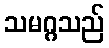
သမဂ္ဂသည်